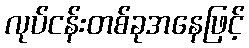
လုပ်ငန်းတစ်ခုအနေဖြင့်